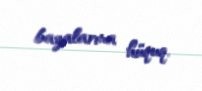
bazalarına hüquq.